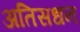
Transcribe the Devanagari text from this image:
अतिसधन